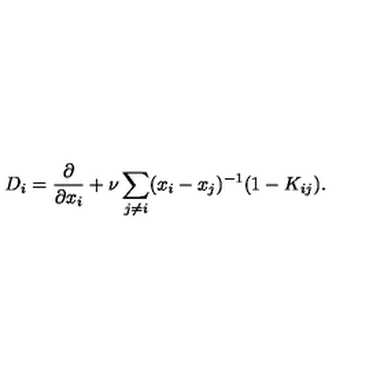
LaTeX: D _ { i } = \frac { \partial } { \partial x _ { i } } + \nu \sum _ { j \neq i } ( x _ { i } - x _ { j } ) ^ { - 1 } ( 1 - K _ { i j } ) .